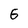
Character: 5